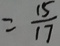
= \frac { 1 5 } { 1 7 }